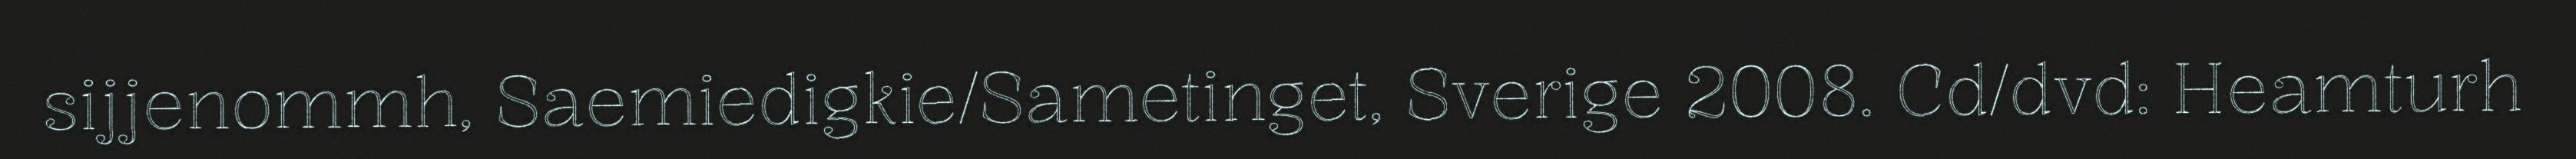
sijjenommh, Saemiedigkie/Sametinget, Sverige 2008. Cd/dvd: Heamturh